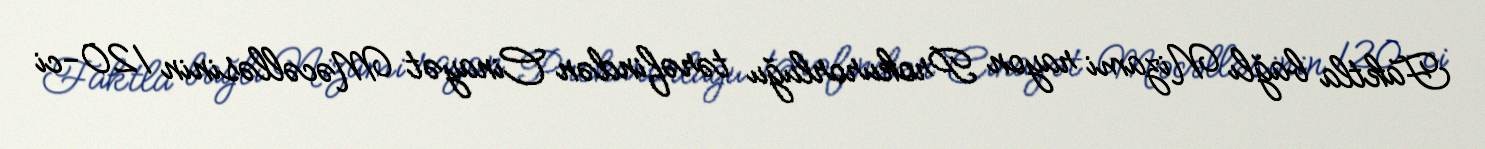
Faktla bağlı Nizami rayon Prokurorluğu tərəfindən Cinayət Məcəlləsinin 120-ci